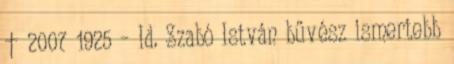
† 2007 1925 – Id. Szabó István bűvész ismertebb